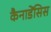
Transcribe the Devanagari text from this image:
कैनाडेंसिस